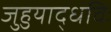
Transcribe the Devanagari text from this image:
जुहुयाद्धविः